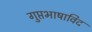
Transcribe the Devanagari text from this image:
गुप्तभाषाविद